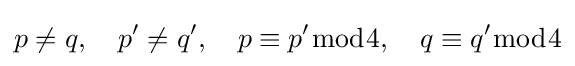
p\neq q,\quad p'\neq q',\quad p\equiv p'{\bmod {4}},\quad q\equiv q'{\bmod {4}}